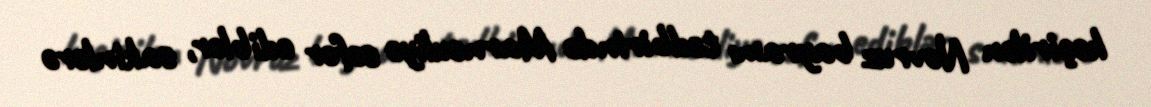
keçirilən Novruz bayramı tədbirində Marneuliyə səfər ediblər, sakinlərə